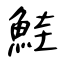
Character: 鮭